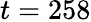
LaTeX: t=258